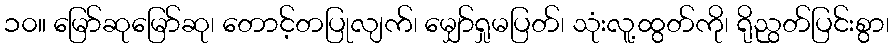
၁၀။ မြော်ဆုမြော်ဆု၊ တောင့်တပြုလျက်၊ မျှော်ရှုမပြတ်၊ သုံးလူ့ထွတ်ကို၊ ရိုညွတ်ပြင်းစွာ၊